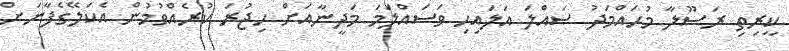
ކީރިތި ރަސޫލާ މުހައްމަދު ޞައްލަ އަލައިހި ވަސައްލަމަ މަދީނާއަށް ހިޖުރަ ކުރެއްވުމުން އެކަލޭގެފާނަށް